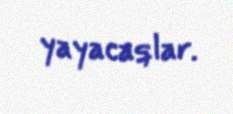
yayacaqlar.